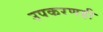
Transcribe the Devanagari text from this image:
उपकरणही